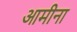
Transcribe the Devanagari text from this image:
आमीना